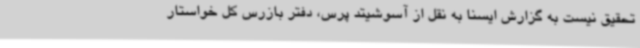
تحقیق نیست به گزارش ایسنا به نقل از آسوشیتد پرس، دفتر بازرس کل خواستار